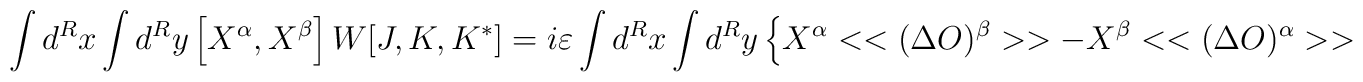
\int d^{R}x\int d^{R}y\left[ X^{\alpha },X^{\beta }\right] W[J,K,K^{*}]=i\varepsilon \int d^{R}x\int d^{R}y\left\{ X^{\alpha }<<(\Delta O)^{\beta }>>-X^{\beta }<<(\Delta O)^{\alpha }>>\right\}